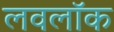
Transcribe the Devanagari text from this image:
लवलॉक